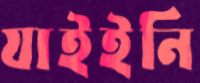
যাইইনি